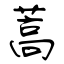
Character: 蒿